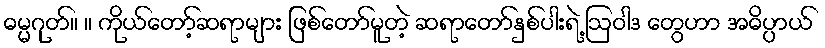
ဓမ္မဂုတ်။ ။ ကိုယ်တော့်ဆရာများ ဖြစ်တော်မူတဲ့ ဆရာတော်နှစ်ပါးရဲ့ ဩဝါဒ တွေဟာ အဓိပ္ပာယ်